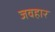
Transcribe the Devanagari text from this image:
जवहार